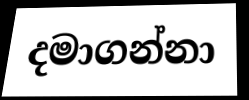
දමාගන්නා